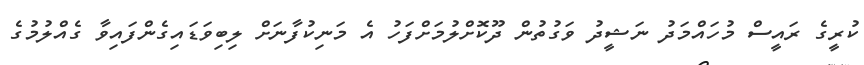
ކުރީގެ ރައީސް މުހައްމަދު ނަޝީދު ވަގުތުން ދޫކޮށްލުމަށްފަހު އެ މަނިކުފާނަށް ލިބިވަޑައިގެންފައިވާ ގެއްލުމުގެ